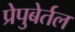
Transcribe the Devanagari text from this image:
प्रेपुबेर्तल